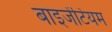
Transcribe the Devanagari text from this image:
बाइजेंटियम